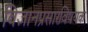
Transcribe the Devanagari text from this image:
विज्ञानप्रसारविषयक